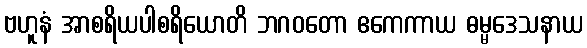
ဗဟူနံ အာစရိယပါစရိယောတိ ဘဂဝတော ဧကေကာယ ဓမ္မဒေသနာယ